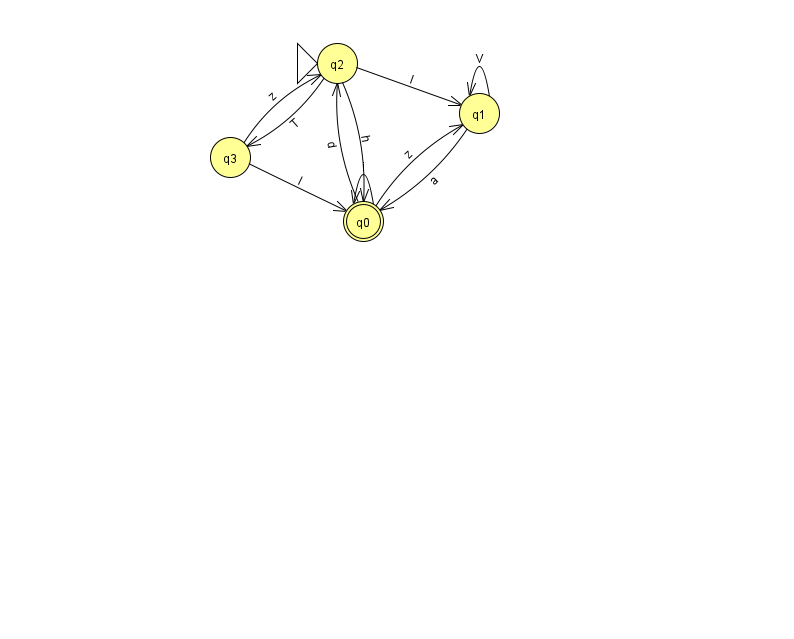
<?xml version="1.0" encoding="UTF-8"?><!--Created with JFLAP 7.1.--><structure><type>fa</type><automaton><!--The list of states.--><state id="0" name="q0"><x>363.0</x><y>208.0</y><final/></state><state id="1" name="q1"><x>479.0</x><y>100.0</y></state><state id="2" name="q2"><x>337.0</x><y>50.0</y><initial/></state><state id="3" name="q3"><x>230.0</x><y>144.0</y></state><!--The list of transitions.--><transition><from>0</from><to>1</to><read>z</read></transition><transition><from>3</from><to>0</to><read>l</read></transition><transition><from>2</from><to>1</to><read>l</read></transition><transition><from>3</from><to>2</to><read>z</read></transition><transition><from>0</from><to>2</to><read>d</read></transition><transition><from>1</from><to>1</to><read>V</read></transition><transition><from>1</from><to>0</to><read>a</read></transition><transition><from>0</from><to>0</to><read>i</read></transition><transition><from>2</from><to>0</to><read>h</read></transition><transition><from>2</from><to>3</to><read>T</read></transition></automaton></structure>